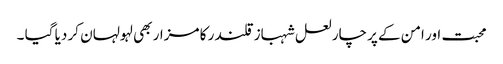
محبت اور امن کے پرچار لعل شہباز قلندر کا مزار بھی لہولہان کر دیا گیا ۔